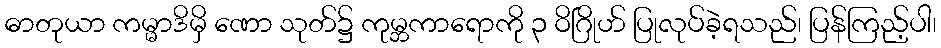
ဓာတုယာ ကမ္မာဒိမှိ ဏော သုတ်၌ ကုမ္ဘကာရောကို ၃ ဝိဂြိုဟ် ပြုလုပ်ခဲ့ရသည်၊ ပြန်ကြည့်ပါ၊